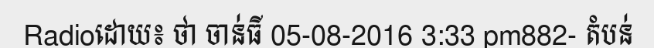
Radioដោយ៖ ថា ចាន់ធី 05-08-2016 3:33 pm882- តំបន់